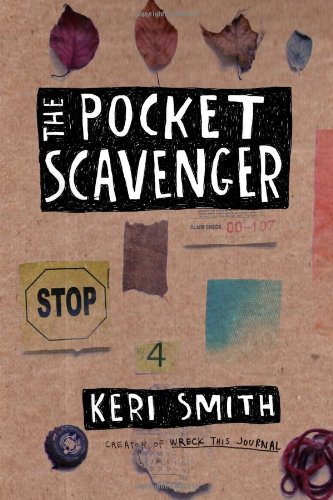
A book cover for The Pocket Scavenger; Keri Smith; Crafts, Hobbies & Home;